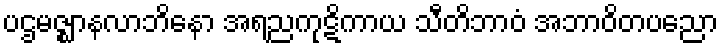
ပဌမဇ္ဈာနလာဘိနော အရညကုဋိကာယ သီတိဘာဝံ အဘာဝိတပညော